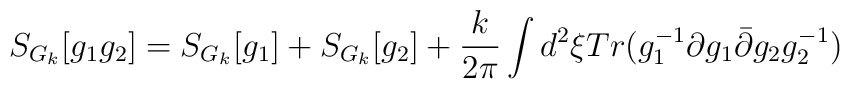
S_{G_{k}}[g_{1}g_{2}]=S_{G_{k}}[g_{1}]+S_{G_{k}}[g_{2}]+\frac{k}{2\pi}\int d^2\xi Tr(g_{1}^{-1}\partial g_{1}\bar{\partial}g_{2}g_{2}^{-1})